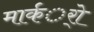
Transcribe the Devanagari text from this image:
मार्कर्ो